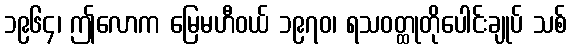
၁၉၆၄၊ ဤလောက မြေမဟီဝယ် ၁၉၇၀၊ ရသဝတ္ထုတိုပေါင်းချုပ် သစ်